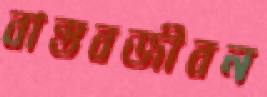
বাস্তবজীবন